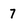
Character: 7